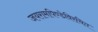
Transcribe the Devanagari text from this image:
जयरामपिण्डेविरचित